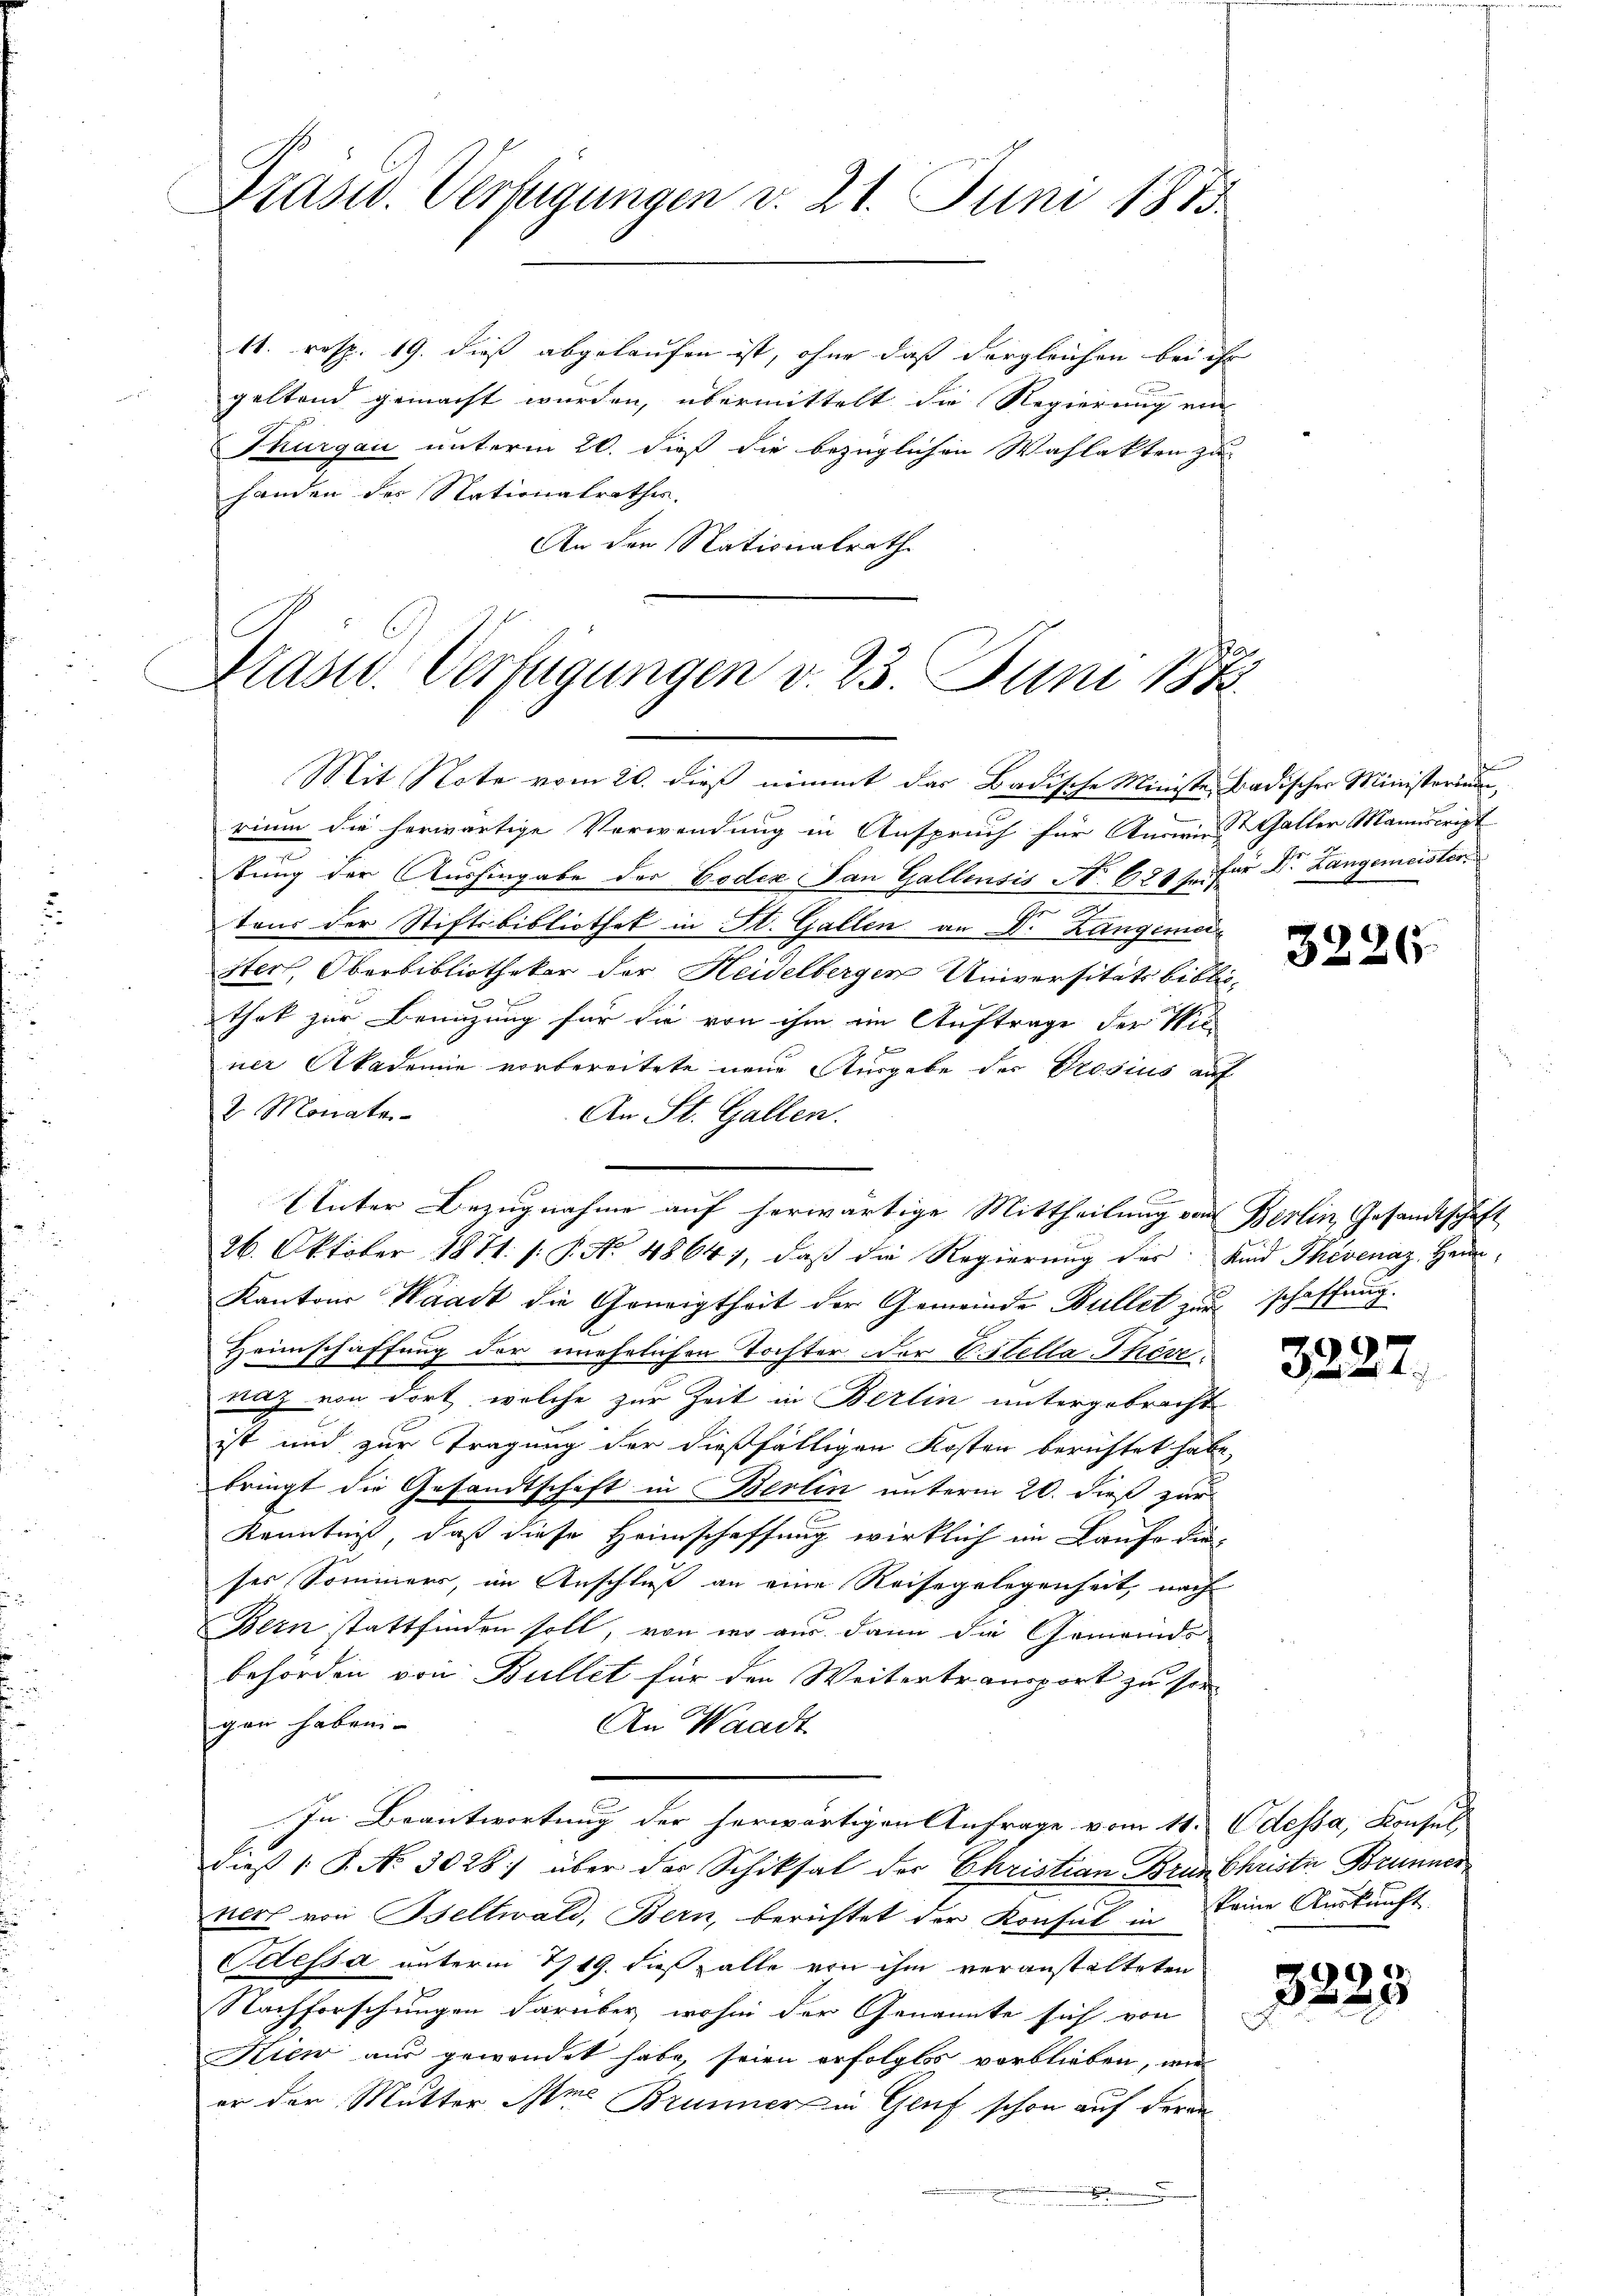
Präsid. Verfügungen d. 21. Juni 1875

14. resp. 19. dieß abgelaufen ist, ohne daß dergleichen bei ihr
geltend gemacht wurden, übermittelt die Regierung ein
Thurgau unterm 20. dieß die bezüglichen Wahlakten zu
handen des Nationalrathes.
An den Nationalrath

Prasw. Verfügungen v. 23. Juni 1883.

Mit Note vom 20. dieß nimmt das Badische Ministe, Badischer Ministeriu
rium die herwärtige Verwendung in Anspruch für Aarwies Galler Mannscript
tung der Aushingabe der Codex an Gallensis No. 681 f. für Dr. Langemeister
tons der Stiftsbibliothek in St. Gallen an Dr. Langemei
ster, Oberbibliothekar der Heidelbergen Universitätsbiblio-
Thak zur Benuzung für die von ihm ein Auftrage der Wie
ner Akademie vorbereitete neue Ausgabe der Prosius auf
2 Monate
An St. Gallen.
Unter Bezugnahme auf herwärtige Mittheilung von Berlin, Gesandtschaft
26. Oktober 1881. /: P. No 4864), daß die Regierung der Kind Thivenaz Heim-
Kantons Waadt die Geneigtheit der Gemeinde Bullet u schaffung.
Heimschaffung der unehelichen Tochter der Stella Thöre.
naz von dort, welche zur Zeit in Berlin untergebracht
ist und zur Tragung der dießfälligen Kosten berichtet habe,
bringt die Gesandtschaft in Berlin unterm 20. dieß zur
Kenntniß, daß diese Heimschaffung wirklich im Laufe die
ses Sommers, im Anschluß an eine Reisegelegenheit, nach
Bern stattfinden soll, von wo aus dann die Gemeinds
behörden von Bullet für den Weitertransport zu sor
gen haben.
An Waadt
In Beantwortung der herwärtigen Anfrage vom 11. Odessa, Konsul
dieß P. No. 3028 über das Schiksal der Christian Brun Christe Brunner
nert von Beltwald, Bern, berichtet der Konsul in keine Auskunft
Odessa unterm 1719. dieß zalle von ihm veranstalteten
Nachforschungen darüber wohin der Genannte sich von
Kien aus gewendet habe, seien erfolglos verblieben, wie
er der Mutter Ame Brunner in Genf schon auf deran
.

u

3226

3227.

)
3229